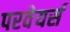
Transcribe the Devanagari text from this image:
परवेयर्स